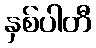
နှစ်ပါတီ